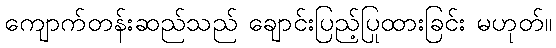
ကျောက်တန်းဆည်သည် ချောင်းပြည့်ပြုထားခြင်း မဟုတ်။